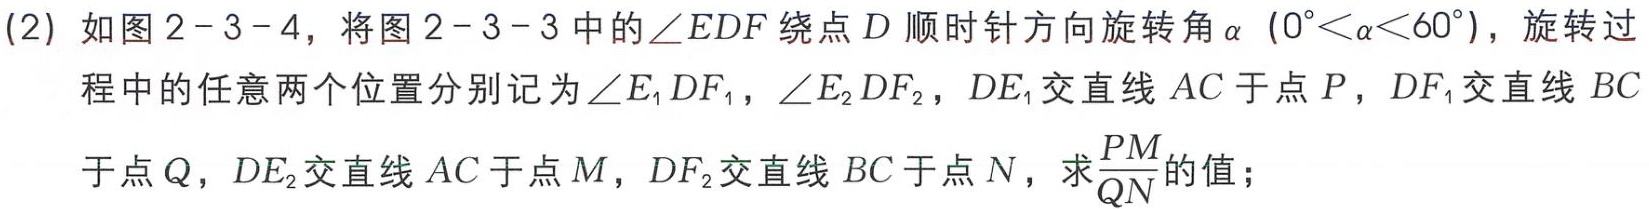
(2) 如图2 - 3 - 4，将图2 - 3 - 3中的$\angle EDF$绕点$D$顺时针方向旋转角$\alpha$（$0^{\circ}<\alpha<60^{\circ}$），旋转过程中的任意两个位置分别记为$\angle E_{1}DF_{1}$，$\angle E_{2}DF_{2}$，$DE_{1}$交直线$AC$于点$P$，$DF_{1}$交直线$BC$于点$Q$，$DE_{2}$交直线$AC$于点$M$，$DF_{2}$交直线$BC$于点$N$，求$\frac{PM}{QN}$的值；